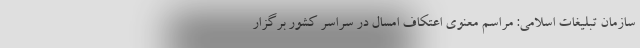
سازمان تبلیغات اسلامی: مراسم معنوی اعتکاف امسال در سراسر کشور برگزار